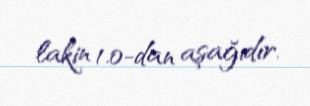
lakin 1.0-dan aşağıdır.